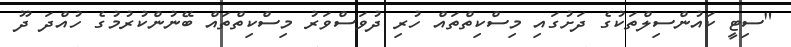
"ސިޓީ ކައުންސިލްތަކުގެ ދަށުގައި މިސްކިތްތައް ހުރި ދުވަސްވަރު މިސްކިތްތައް ބޭނުންކުރުމުގެ ހުއްދަ ދޫ